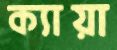
ক্যায়া